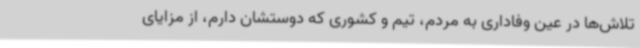
تلاش‌ها در عین وفاداری به مردم، تیم و کشوری که دوستشان دارم، از مزایای